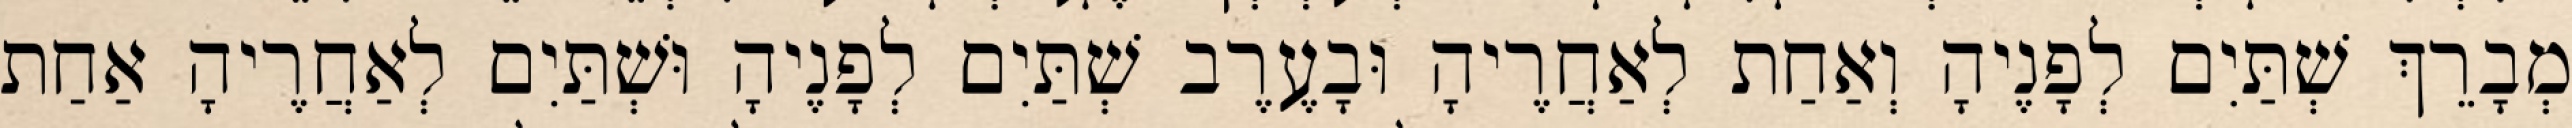
מְבָרֵךְ שְׁתַּיִם לְפָנֶיהָ וְאַחַת לְאַחֲרֶיהָ וּבָעֶרֶב שְׁתַּיִם לְפָנֶיהָ וּשְׁתַּיִם לְאַחֲרֶיהָ אַחַת